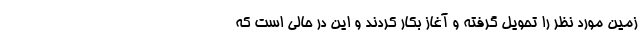
زمین مورد نظر را تحویل گرفته و آغاز بکار کردند و این در حالی است که